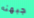
جبهته